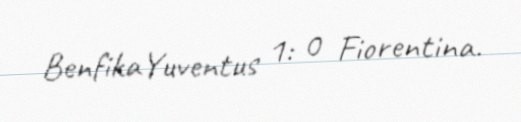
BenfikaYuventus 1: 0 Fiorentina.